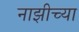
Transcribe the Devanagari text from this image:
नाझीच्या